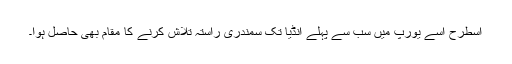
اسطرح اسے یورپ میں سب سے پہلے انڈیا تک سمندری راستہ تلاش کرنے کا مقام بھی حاصل ہوا۔